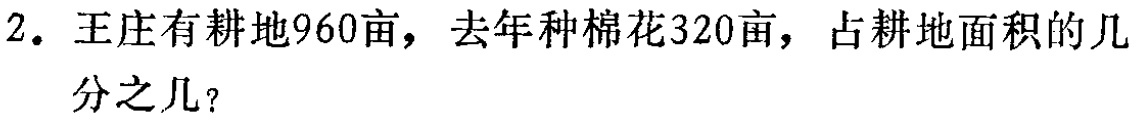
2. 王庄有耕地960亩，去年种棉花320亩，占耕地面积的几分之几？